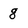
Character: 8